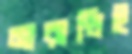
মারান্ডিই